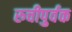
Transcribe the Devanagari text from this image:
रुचीपुर्वक